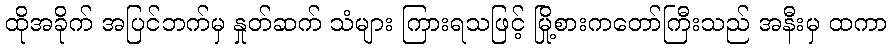
ထိုအခိုက် အပြင်ဘက်မှ နှုတ်ဆက် သံများ ကြားရသဖြင့် မြို့စားကတော်ကြီးသည် အနီးမှ ထကာ